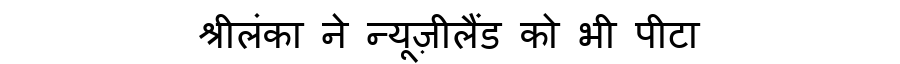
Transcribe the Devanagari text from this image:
श्रीलंका ने न्यूज़ीलैंड को भी पीटा